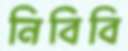
নিবিবি